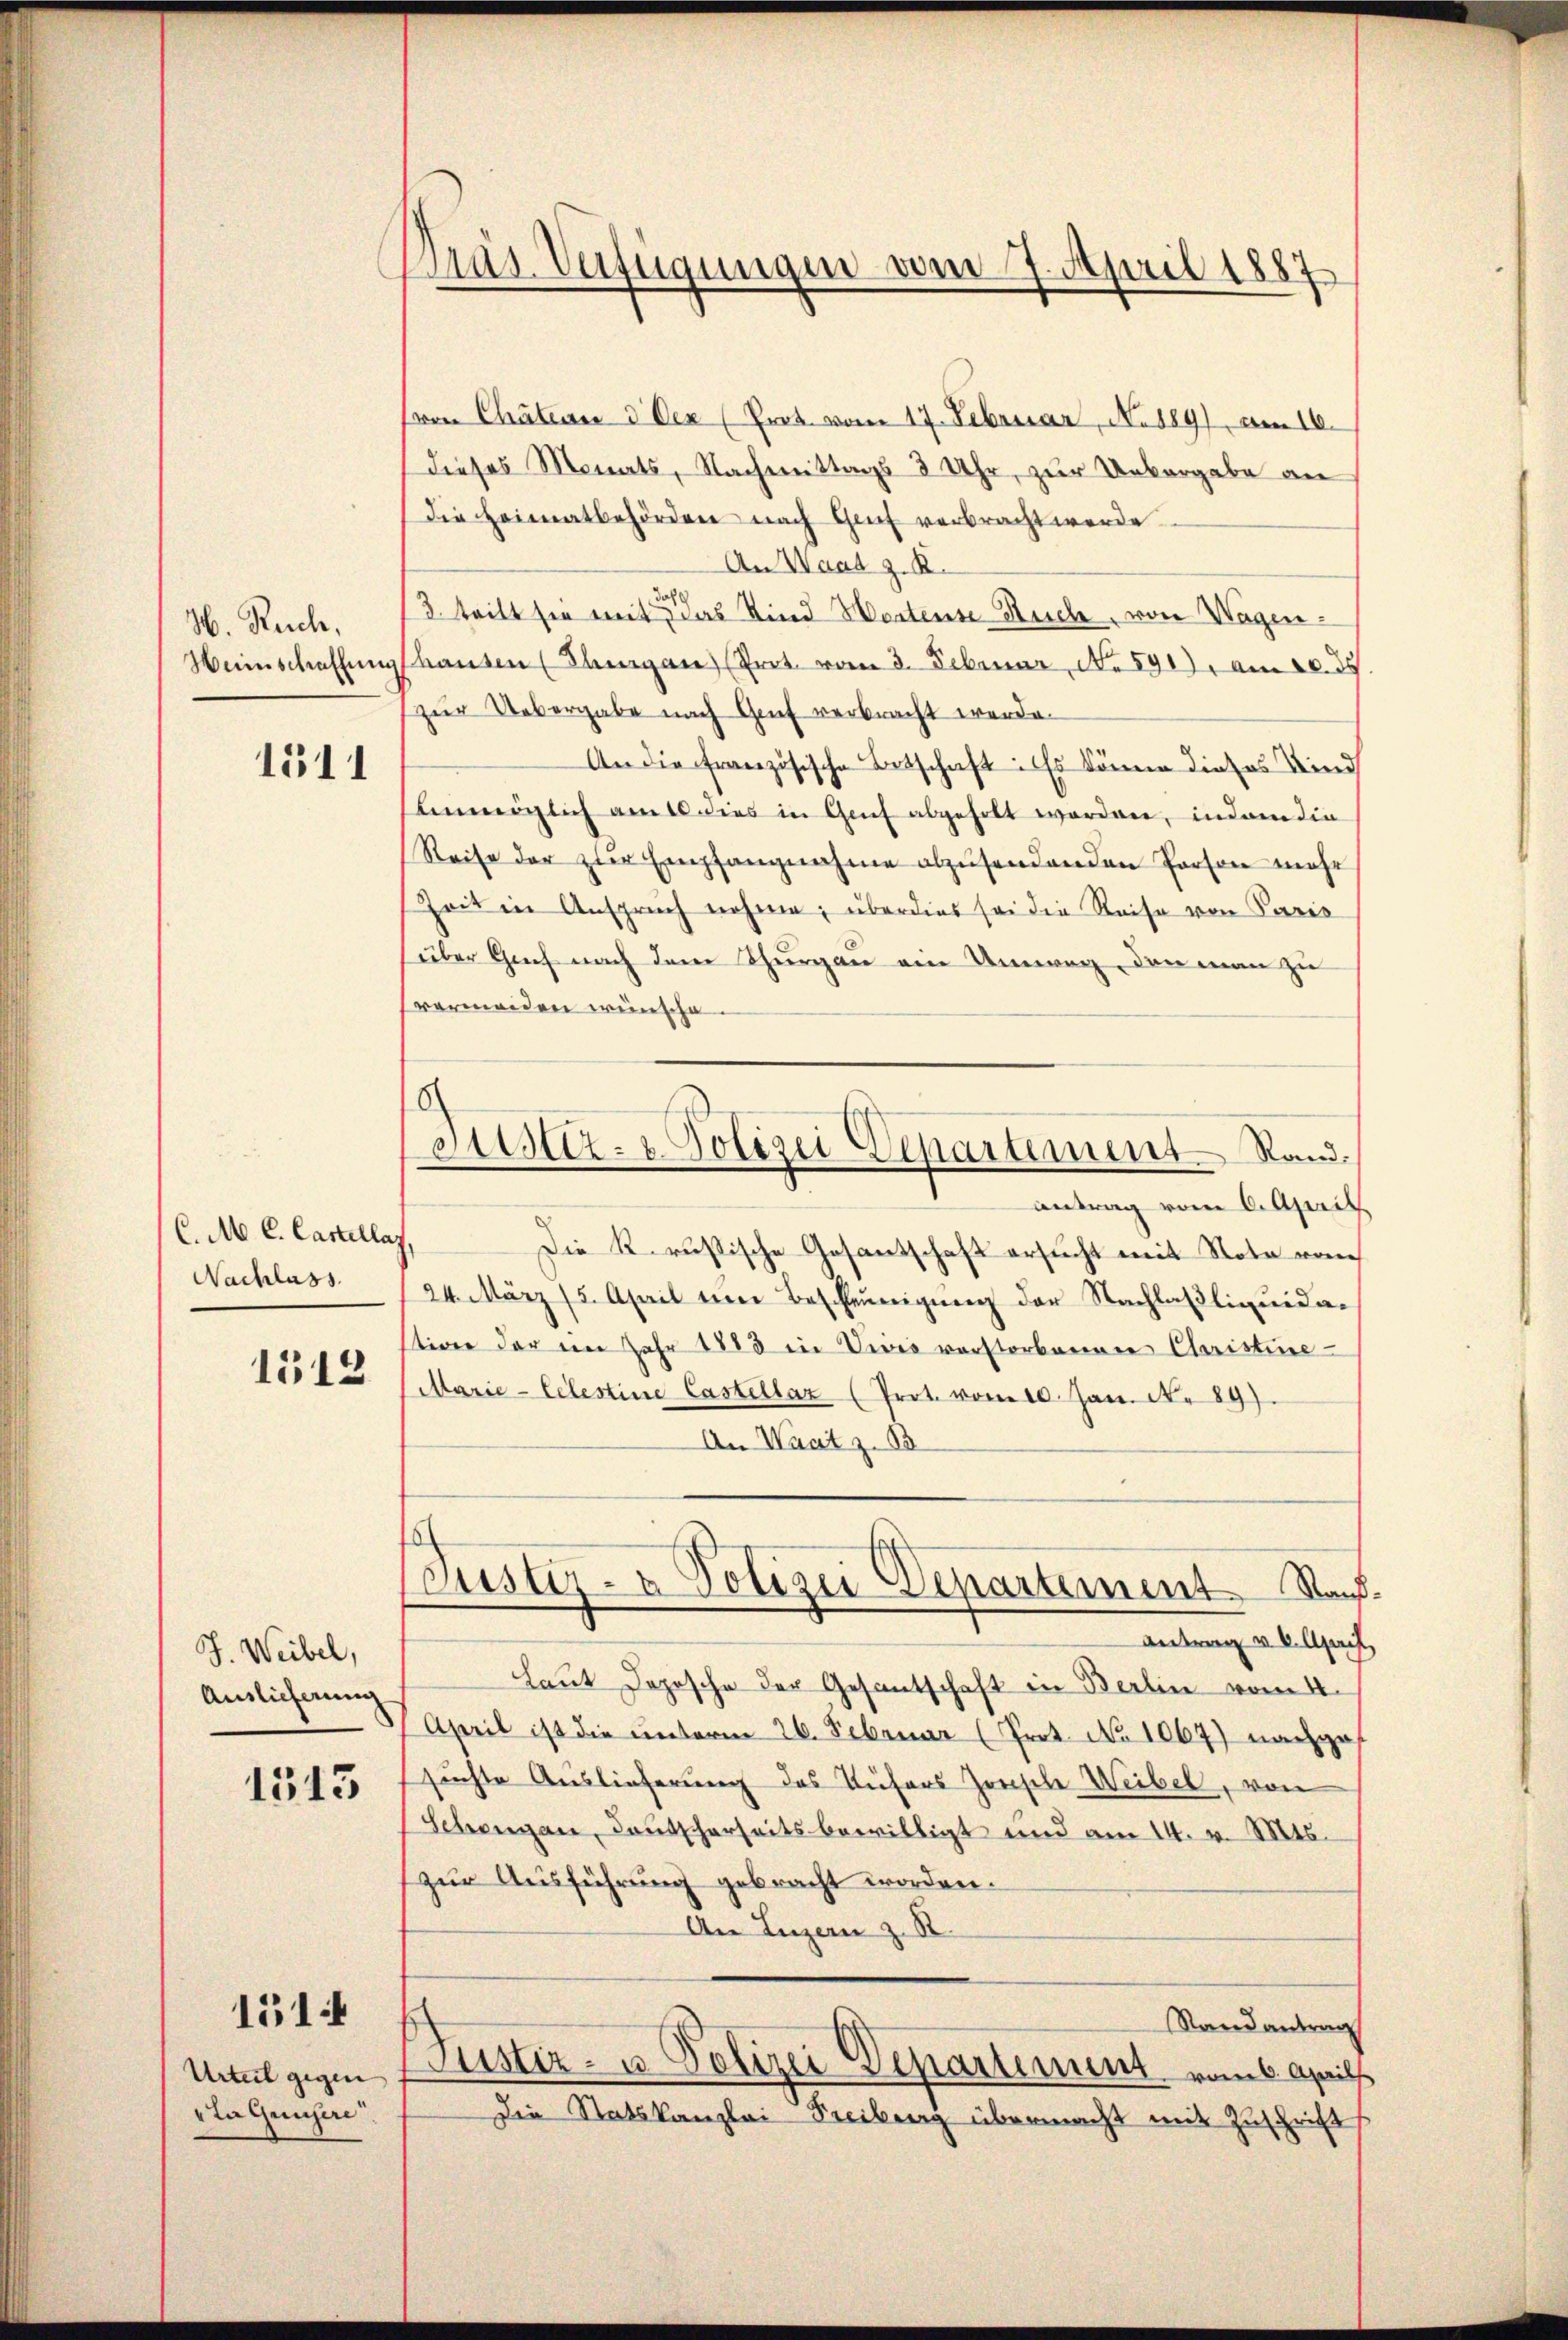
36. Reich,
Haunschaffung

1511

C. M. C. Castellaz,
Nachlass

1512

J. Weibel,
Auslieferung

1545

151

Urteil gegen
vta Gunsere

Dras Verfügungen vom 7. April 1887

stiz- & Polizei Departement Stand.

Pron Chation d. Der (Prot. vom 17. Februar, No. 189), am 16.
dieses Monats, Nachmittags 3 Uhr, zur Unbergabe an
die Heimatbehörden nach Genf verbracht werde.
An Waad z. R.
dah
3. teilt sie mit das Kind Wortense Suche, von Wagenhausen (Thurgau (Prot. vom 3. Februar, No 591. am 10. ds.
zŭr Uebergabe nach Genf verbracht werde.
An die Französische Betschaft: Es könne dieses Kind
unmöglich am 16. dies in Genf abgeholt worden, indem die
Reise der zŭr Empfangnahme abzŭsendenden Person mehr
Zeit in Anspruch nehme, überdies sei die Reise von Paris
über Genf nach dem Thurgau ein Umweg, den man zu
vermeiden wünsche
antrag vom 6. April
Die Krusische Gesantschaft ersucht mit Nota von
24. März (5. April um Beschleunigung der Nachlaßliquidastiven der im Jahr 1883 in Vivis verstorbenen Christine-
(Marie-Celestine Castellar (Prot. vom 10. Jan. N. 89.
An Waatz. 13
Justiz- & Polizei Departement Nach
Antrag v. 6. April,
Laut Depesche der Gesantschaft in Berlin vom 4.
April ist die unterm 26. Februar (Prot. No 1069) nachgesuchte Auslieferung des Küfers Zwische Weibel, von
Schengen, Kautscherheitsbewilligt und am 14. v. Mts.
zur Ausführung gebracht worden.
An Luzern z. R.
Randantrag
Justiz- u. Polizei Departement vom 6. Aprill
Die Statskanzlei Freibung übermacht mit Zuschrift